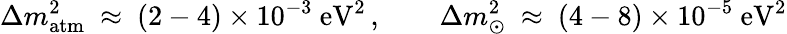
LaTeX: \Delta m_{\mathrm{atm}}^{2}\ \approx\ (2-4)\times 10^{-3}~\mathrm{eV}^{2}\, ,\qquad\Delta m_{\odot}^{2}\ \approx\ (4-8)\times 10^{-5}~\mathrm{eV}^{2}